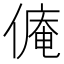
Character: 𱏋